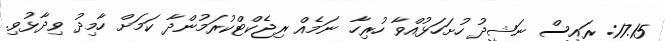
17.15: ރައީސް ނަޝީދު ހުށަހަޅުއްވާ ހުރިހާ ނަމެއް ރިޖެކްޓްކުރަމުންދާ ކަމަށް ހާމިދު ވިދާޅުވި.